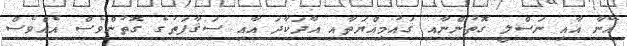
އޭނާ އާއި ނަސްލީ ގޮތުންނާއި ޤައުމިއްޔަތާއި އާދަކާދަ އާއި ސަޤާފަތުގެ ގޮތުންވެސް އެއްވެސް